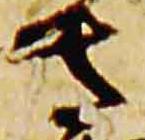
左